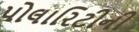
પોલારિટીની